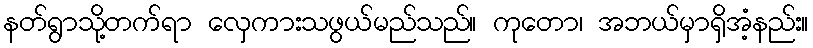
နတ်ရွာသို့တက်ရာ လှေကားသဖွယ်မည်သည်။ ကုတော၊ အဘယ်မှာရှိအံ့နည်း။